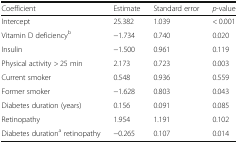
<table><thead><tr><td><b>Coefficient</b></td><td><b>Estimate</b></td><td><b>Standard error</b></td><td><b><i>p</i>-value</b></td></tr></thead><tbody><tr><td>Intercept</td><td>25.382</td><td>1.039</td><td>&lt; 0.001</td></tr><tr><td>Vitamin D deficiency<sup>b</sup></td><td>−1.734</td><td>0.740</td><td>0.020</td></tr><tr><td>Insulin</td><td>−1.500</td><td>0.961</td><td>0.119</td></tr><tr><td>Physical activity &gt; 25 min</td><td>2.173</td><td>0.723</td><td>0.003</td></tr><tr><td>Current smoker</td><td>0.548</td><td>0.936</td><td>0.559</td></tr><tr><td>Former smoker</td><td>−1.628</td><td>0.803</td><td>0.043</td></tr><tr><td>Diabetes duration (years)</td><td>0.156</td><td>0.091</td><td>0.085</td></tr><tr><td>Retinopathy</td><td>1.954</td><td>1.191</td><td>0.102</td></tr><tr><td>Diabetes duration<sup>a</sup> retinopathy</td><td>−0.265</td><td>0.107</td><td>0.014</td></tr></tbody></table>